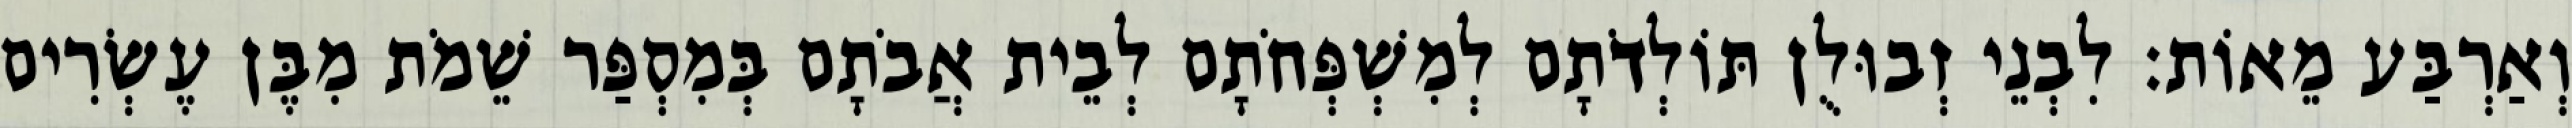
וְאַרְבַּע מֵאוֹת׃ לִבְנֵי זְבוּלֻן תּוֹלְדֹתָם לְמִשְׁפְּחֹתָם לְבֵית אֲבֹתָם בְּמִסְפַּר שֵׁמֹת מִבֶּן עֶשְׂרִים